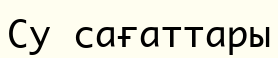
Су сағаттары